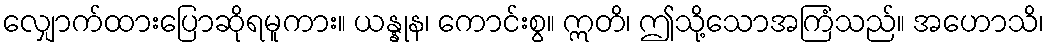
လျှောက်ထားပြောဆိုရမူကား။ ယန္နုန၊ ကောင်းစွ။ ဣတိ၊ ဤသို့သောအကြံသည်။ အဟောသိ၊